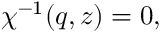
\begin{array} { r } { \chi ^ { - 1 } ( q , z ) = 0 , } \end{array}